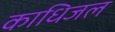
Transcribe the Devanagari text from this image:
काधिजल